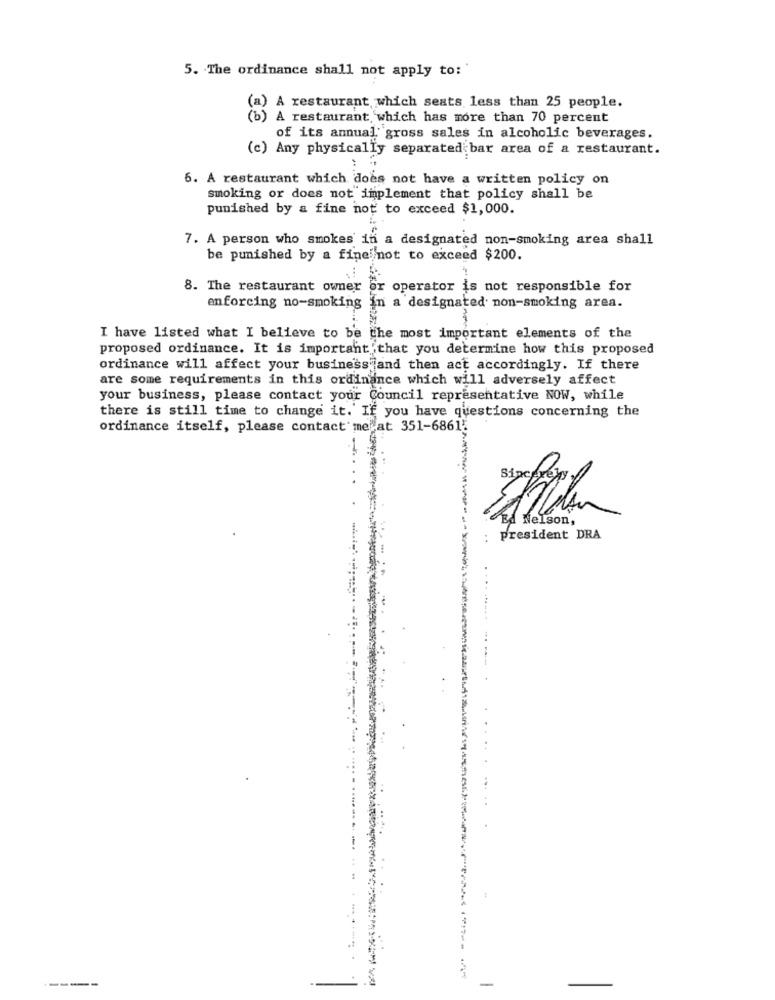
5. The ordinance shall not apply to:'
(a) A restaurant which seats less than 25 people.
(b) A restaurant which has more than 70 percent
of its annual" gross sales in alcoholic beverages.
(c) Any physically separated bar area of a restaurant.
6. A restaurant which does not have a written policy on
smoking or does not implement that policy shall be
punished by a fine not to exceed $1,000.
7. A person who smokes in a designated non-smoking area shall
be punished by a finei not to exceed $200.
8. The restaurant owner or operator is not responsible for
enforcing no-smoking in a designated non-smoking area.
I have listed what I believe to be the most important elements of the
proposed ordinance. It is important that you determine how this proposed
ordinance will affect your business and then act accordingly. If there
are some requirements in this ordinance which will adversely affect
your business, please contact your Council representative NOW, while
there is still time to change it. IF you have questions concerning the
ordinance itself, please contact me at 351-68615
-
Ed Nelson,
president DRA
----
-